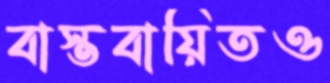
বাস্তবায়িতও